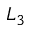
L _ { 3 }